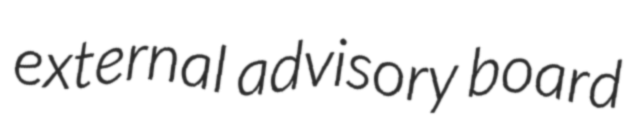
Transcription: external advisory board